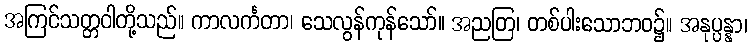
အကြင်သတ္တဝါတို့သည်။ ကာလင်္ကတာ၊ သေလွန်ကုန်သော်။ အညတြ၊ တစ်ပါးသောဘဝ၌။ အနုပ္ပန္နာ၊